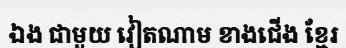
ឯង ជាមួយ វៀតណាម ខាងជើង ខ្មែរ